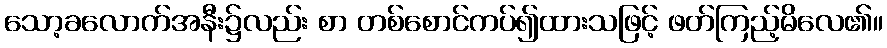
သော့ခလောက်အနီး၌လည်း စာ တစ်စောင်ကပ်၍ထားသဖြင့် ဖတ်ကြည့်မိလေ၏။